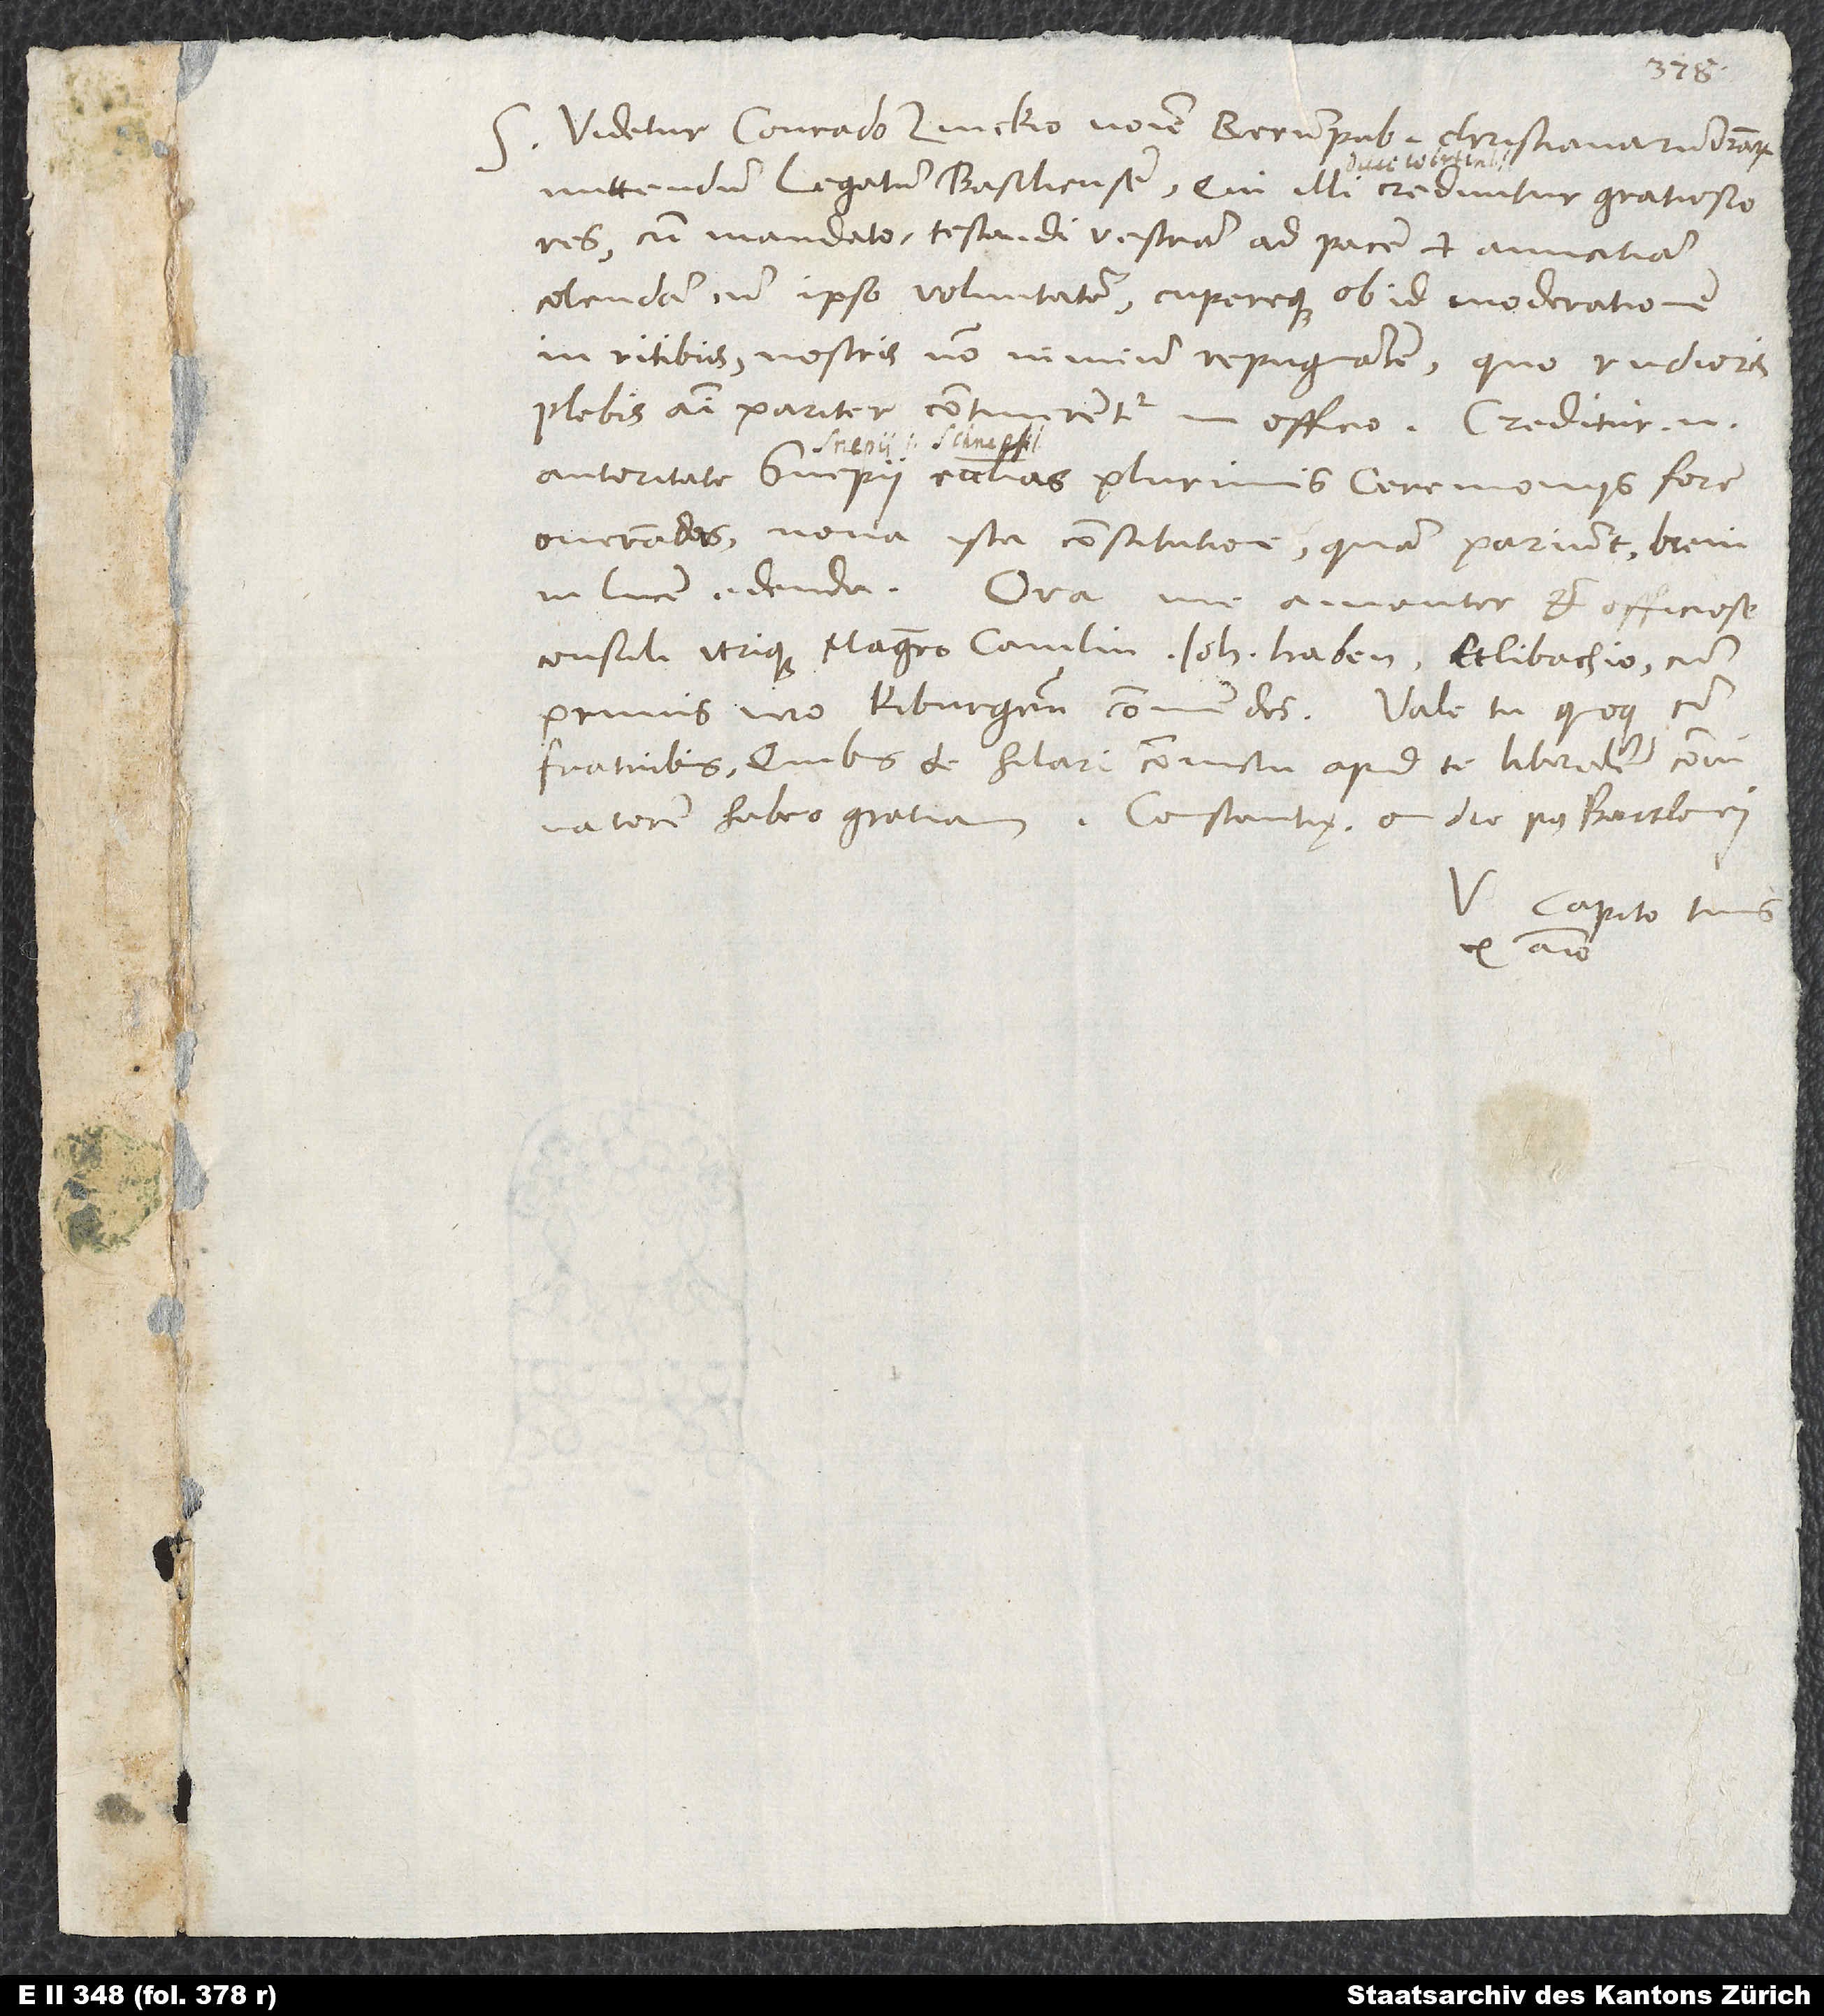
S. Videtur Conrado Zvickio nomine rerumpublicarum christianarum vestrarum
mittendum legatum Basiliensem, qui illi creduntur gratiosiores,
cum mandato testandi vestram ad pacem et amicitiam
colendam cum ipso voluntatem cupereque ob id moderationem
in ritibus nostris non nimium repugnantem, quo rudioris
plebis animi pariter continerentur in officio. Creditur enim
autoritate Snepii ecclesias plurimis ceremoniis fore
onerandas nova ista constitutione, quam pariunt, brevi
in lucem edenda. Oro, me amanter et officiose
consuli utrique, magistro Camlin, loh Haben, Etlibachio, cum
primis vero Kiburgensi commendes. Vale tu quoque cum
fratribus, quibus de hilari convictu apud te liberalem convivatorem
habeo gratiam. Constantię, 6. die post Bartlomei.
V. Capito, tuus
ex animo.